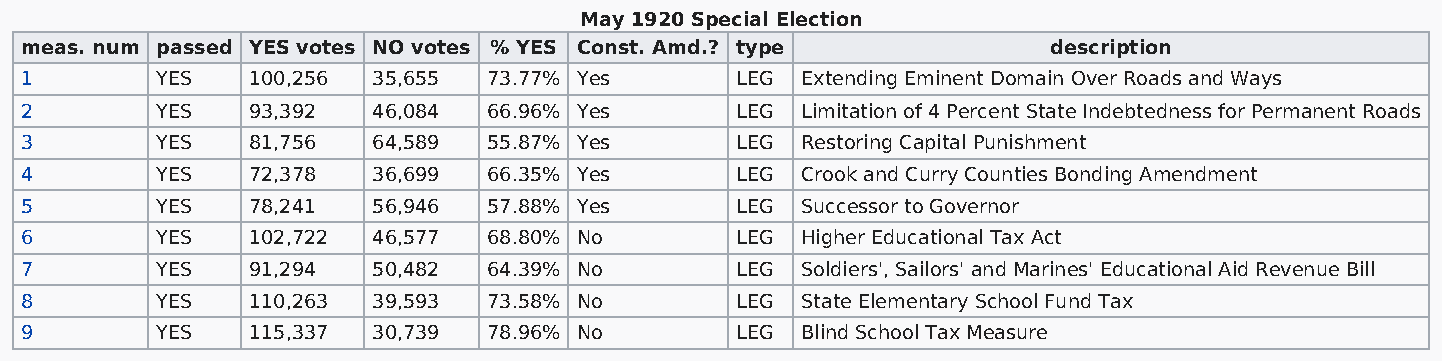
May 1920 Special Election
 meas. num passed YES votes NO votes % YES Const. Amd.? type          description
 1        YES   100,256  35,655 73.77% Yes       LEG Extending Eminent Domain Over Roads and Ways
 2        YES   93,392   46,084 66.96% Yes       LEG Limitation of 4 Percent State Indebtedness for Permanent Roads
 3        YES   81,756   64,589 55.87% Yes       LEG Restoring Capital Punishment
 4        YES   72,378   36,699 66.35% Yes       LEG Crook and Curry Counties Bonding Amendment
 5        YES   78,241   56,946 57.88% Yes       LEG Successor to Governor
 6        YES   102,722  46,577 68.80% No        LEG Higher Educational Tax Act
 7        YES   91,294   50,482 64.39% No        LEG Soldiers', Sailors' and Marines' Educational Aid Revenue Bill
 8        YES   110,263  39,593 73.58% No        LEG State Elementary School Fund Tax
 9        YES   115,337  30,739 78.96% No        LEG Blind School Tax Measure